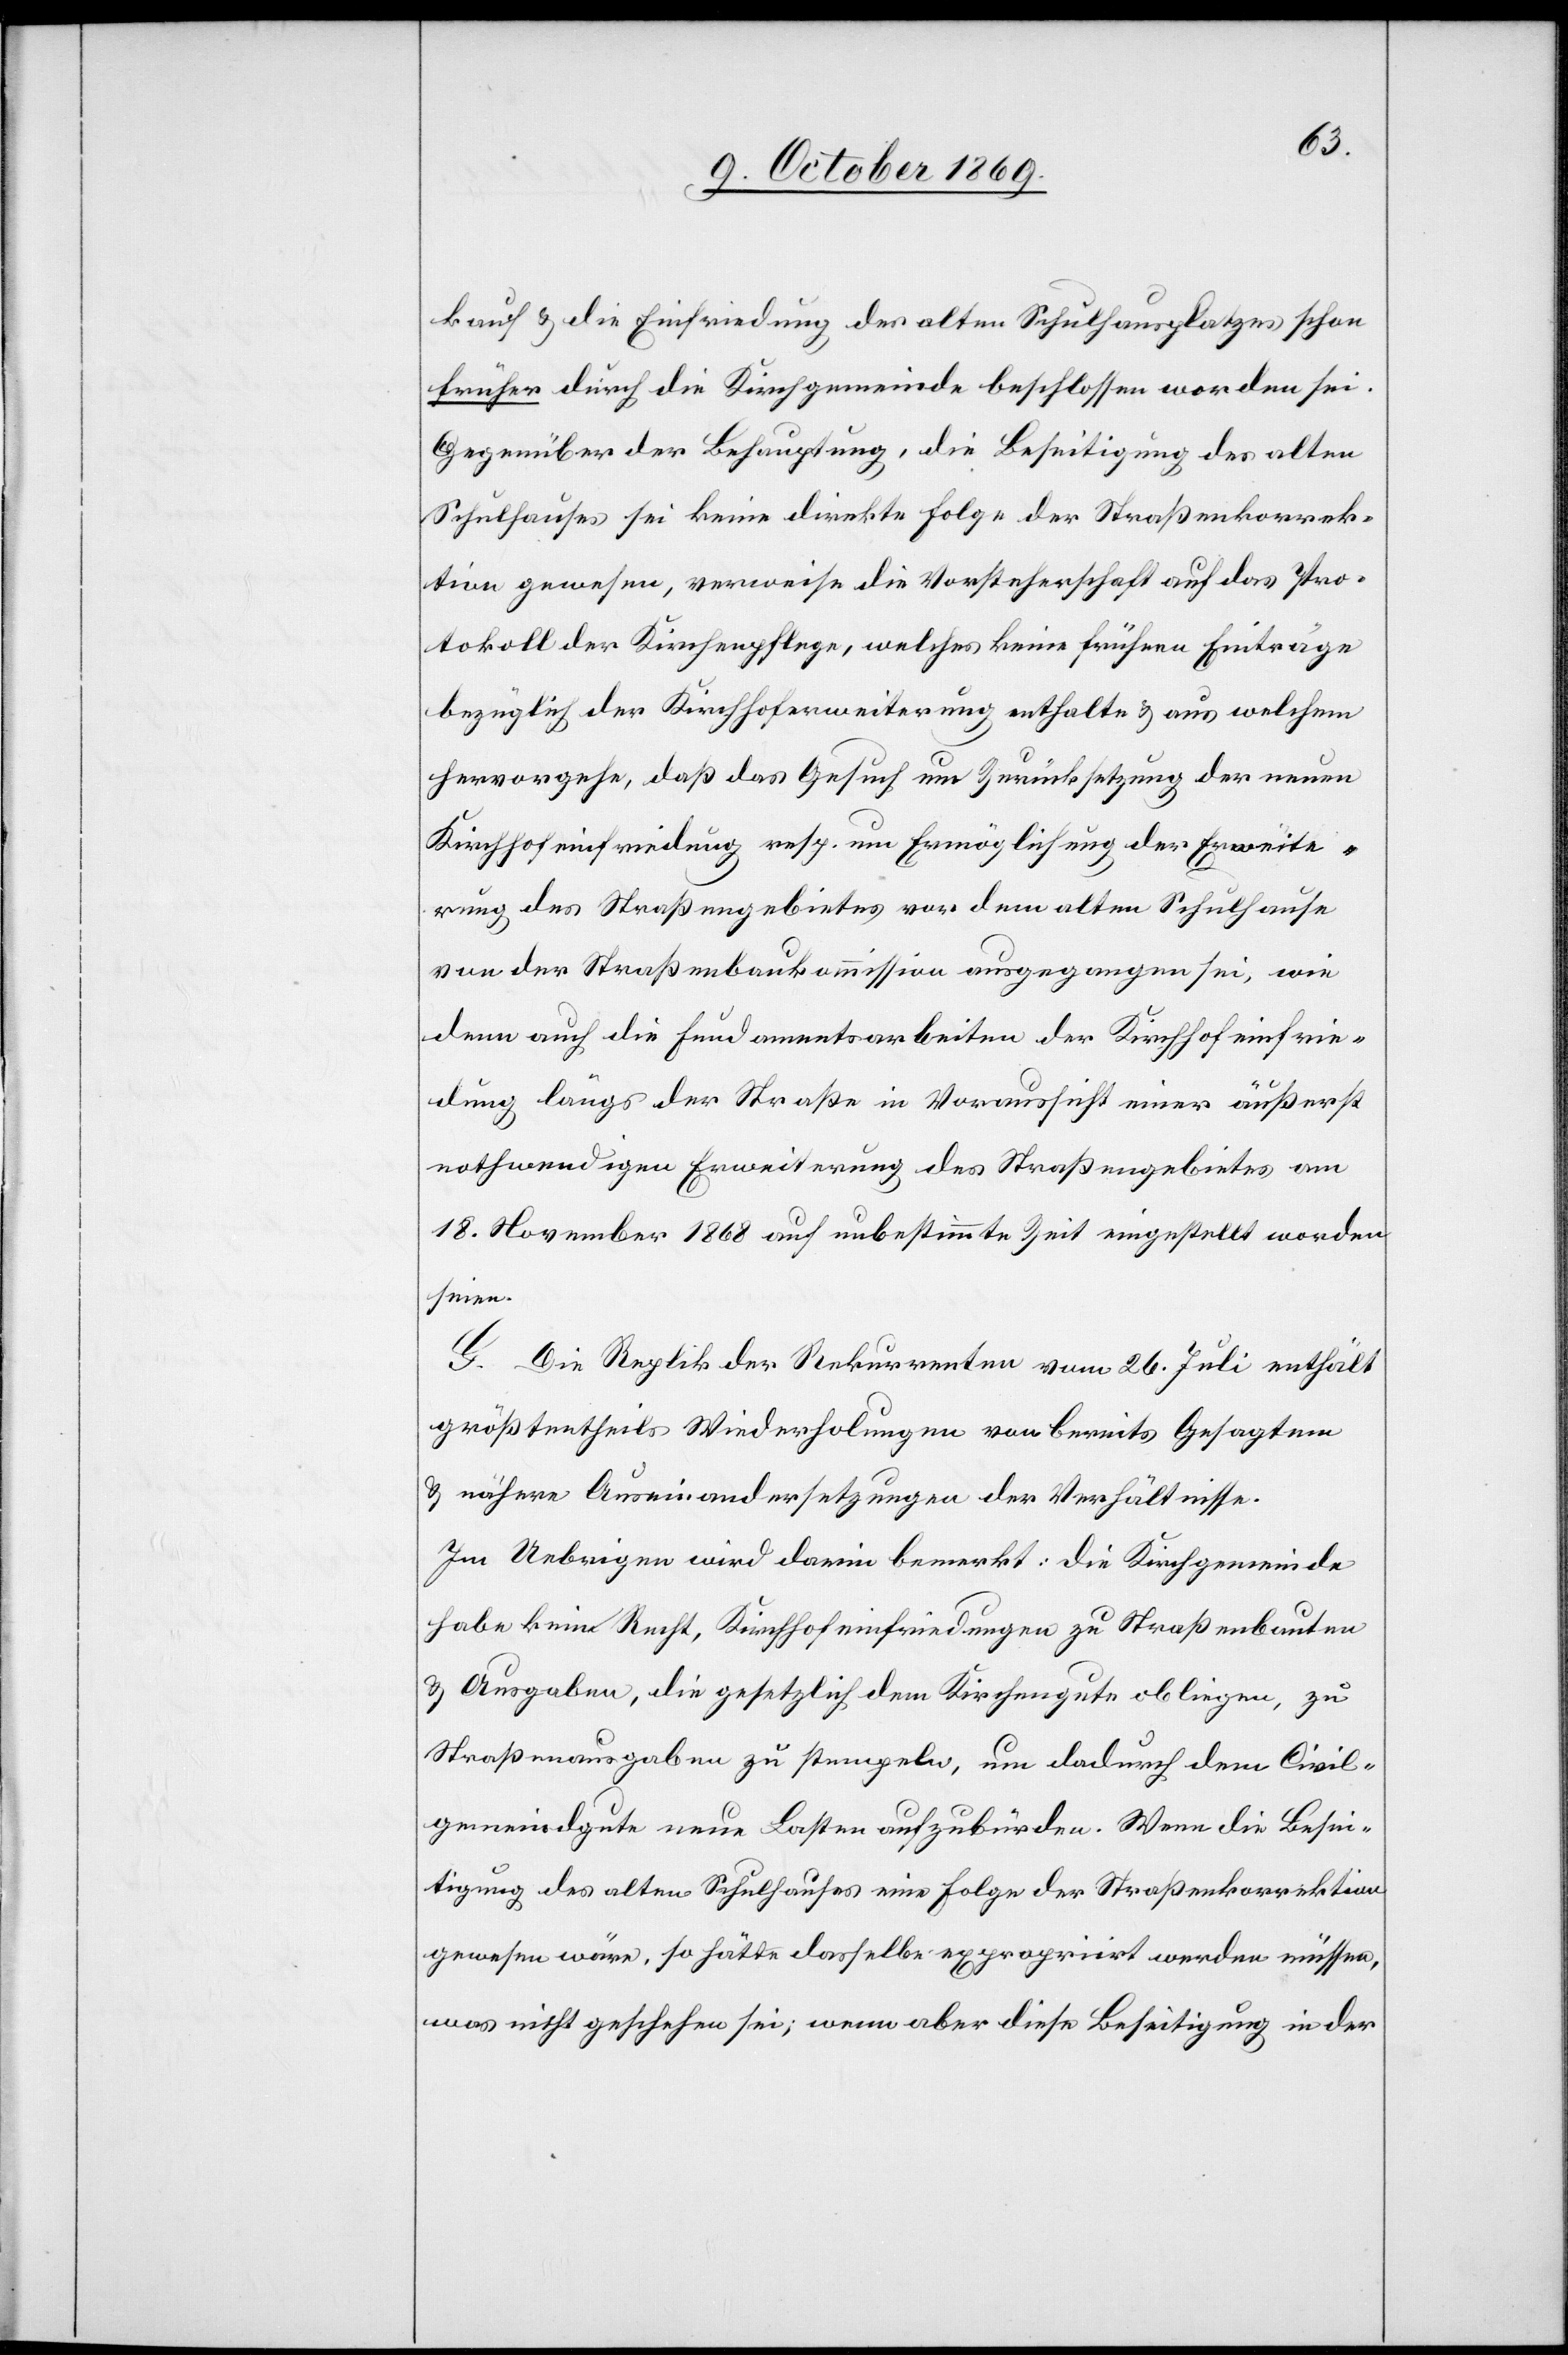
kauf & die Einfriedung des alten Schulhausplatzes schon
früher durch die Kirchgemeinde beschlossen worden sei.
Gegenüber der Behauptung, die Beseitigung des alten
Schulhauses sei keine direkte Folge der Straßenkorrek¬
tion gewesen, verweise die Vorsteherschaft auf das Pro¬
tokoll der Kirchenpflege, welches keine frühe[r]en Einträge
bezüglich der Kirchhoferweiterung enthalte & aus welchem
hervorgehe, daß das Gesuch um Zurücksetzung der neuen
Kirchhofeinfriedung resp. um Ermöglichung der Erweite¬
rung des Straßengebietes vor dem alten Schulhause
von der Straßenbaukommission ausgegangen sei, wie
denn auch die Fundamentsarbeiten der Kirchhofeinfrie¬
dung längs der Straße in Voraussicht einer äußerst
nothwendigen Erweiterung des Straßengebietes am
18. November 1868 auf unbestimmte Zeit eingestellt worden
seien.
G. Die Replik der Rekurrenten vom 26. Juli enthält
größtentheils Wiederholungen von bereits Gesagtem
& nähere Auseinandersetzungen der Verhältnisse.
Im Uebrigen wird darin bemerkt: Die Kirchgemeinde
habe kein Recht, Kirchhofeinfriedungen zu Straßenbauten
& Ausgaben, die gesetzlich dem Kirchengute obliegen, zu
Straßenausgaben zu stempeln, um dadurch dem Civil¬
gemeindgute neue Lasten aufzubürden. Wenn die Besei¬
tigung des alten Schulhauses eine Folge der Straßenkorrektion
gewesen wäre, so hätte dasselbe expropriirt werden müssen,
was nicht geschehen sei; wenn aber diese Beseitigung in der